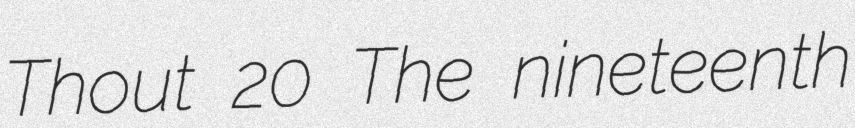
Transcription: Thout 20 The nineteenth